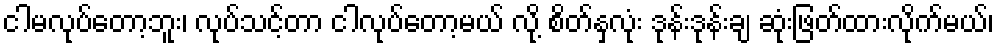
ငါမလုပ်တော့ဘူး၊ လုပ်သင့်တာ ငါလုပ်တော့မယ် လို့ စိတ်နှလုံး ဒုန်းဒုန်းချ ဆုံးဖြတ်ထားလိုက်မယ်၊